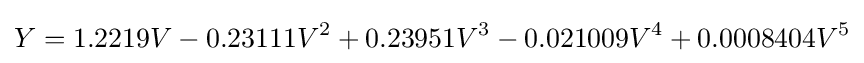
Y=1.2219V-0.23111V^{2}+0.23951V^{3}-0.021009V^{4}+0.0008404V^{5}